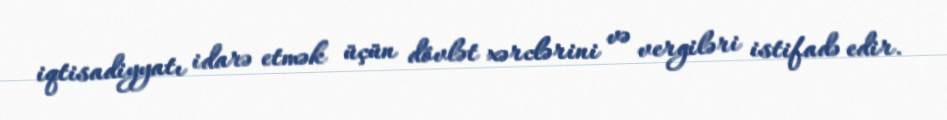
iqtisadiyyatı idarə etmək üçün dövlət xərclərini və vergiləri istifadə edir.